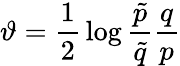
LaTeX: \vartheta={\frac{1}{2}}\log{{\frac{\tilde{p}}{\tilde{q}}}{\frac{q}{p}}}